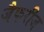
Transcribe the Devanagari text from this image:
जैफरीज